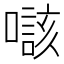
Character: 𡀲